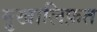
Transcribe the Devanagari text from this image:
मु़खालिफ़त